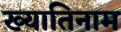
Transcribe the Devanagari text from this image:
ख्यातिनाम